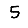
Digit: 5